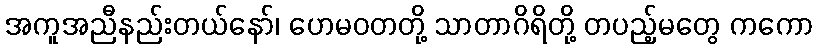
အကူအညီနည်းတယ်နော်၊ ဟေမဝတတို့ သာတာဂိရိတို့ တပည့်မတွေ ကကော